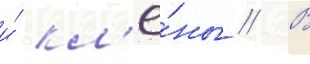
и́ кл'ё́ны // В